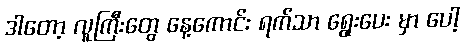
ဒါတော့ လူကြီးတွေ နေ့ကောင်း ရက်သာ ရွေးပေး မှာ ပေါ့